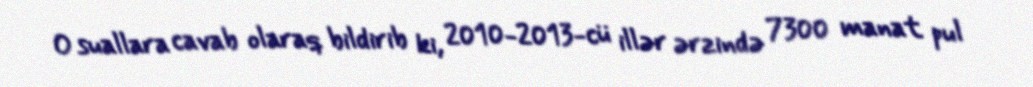
O suallara cavab olaraq bildirib ki, 2010-2013-cü illər ərzində 7300 manat pul